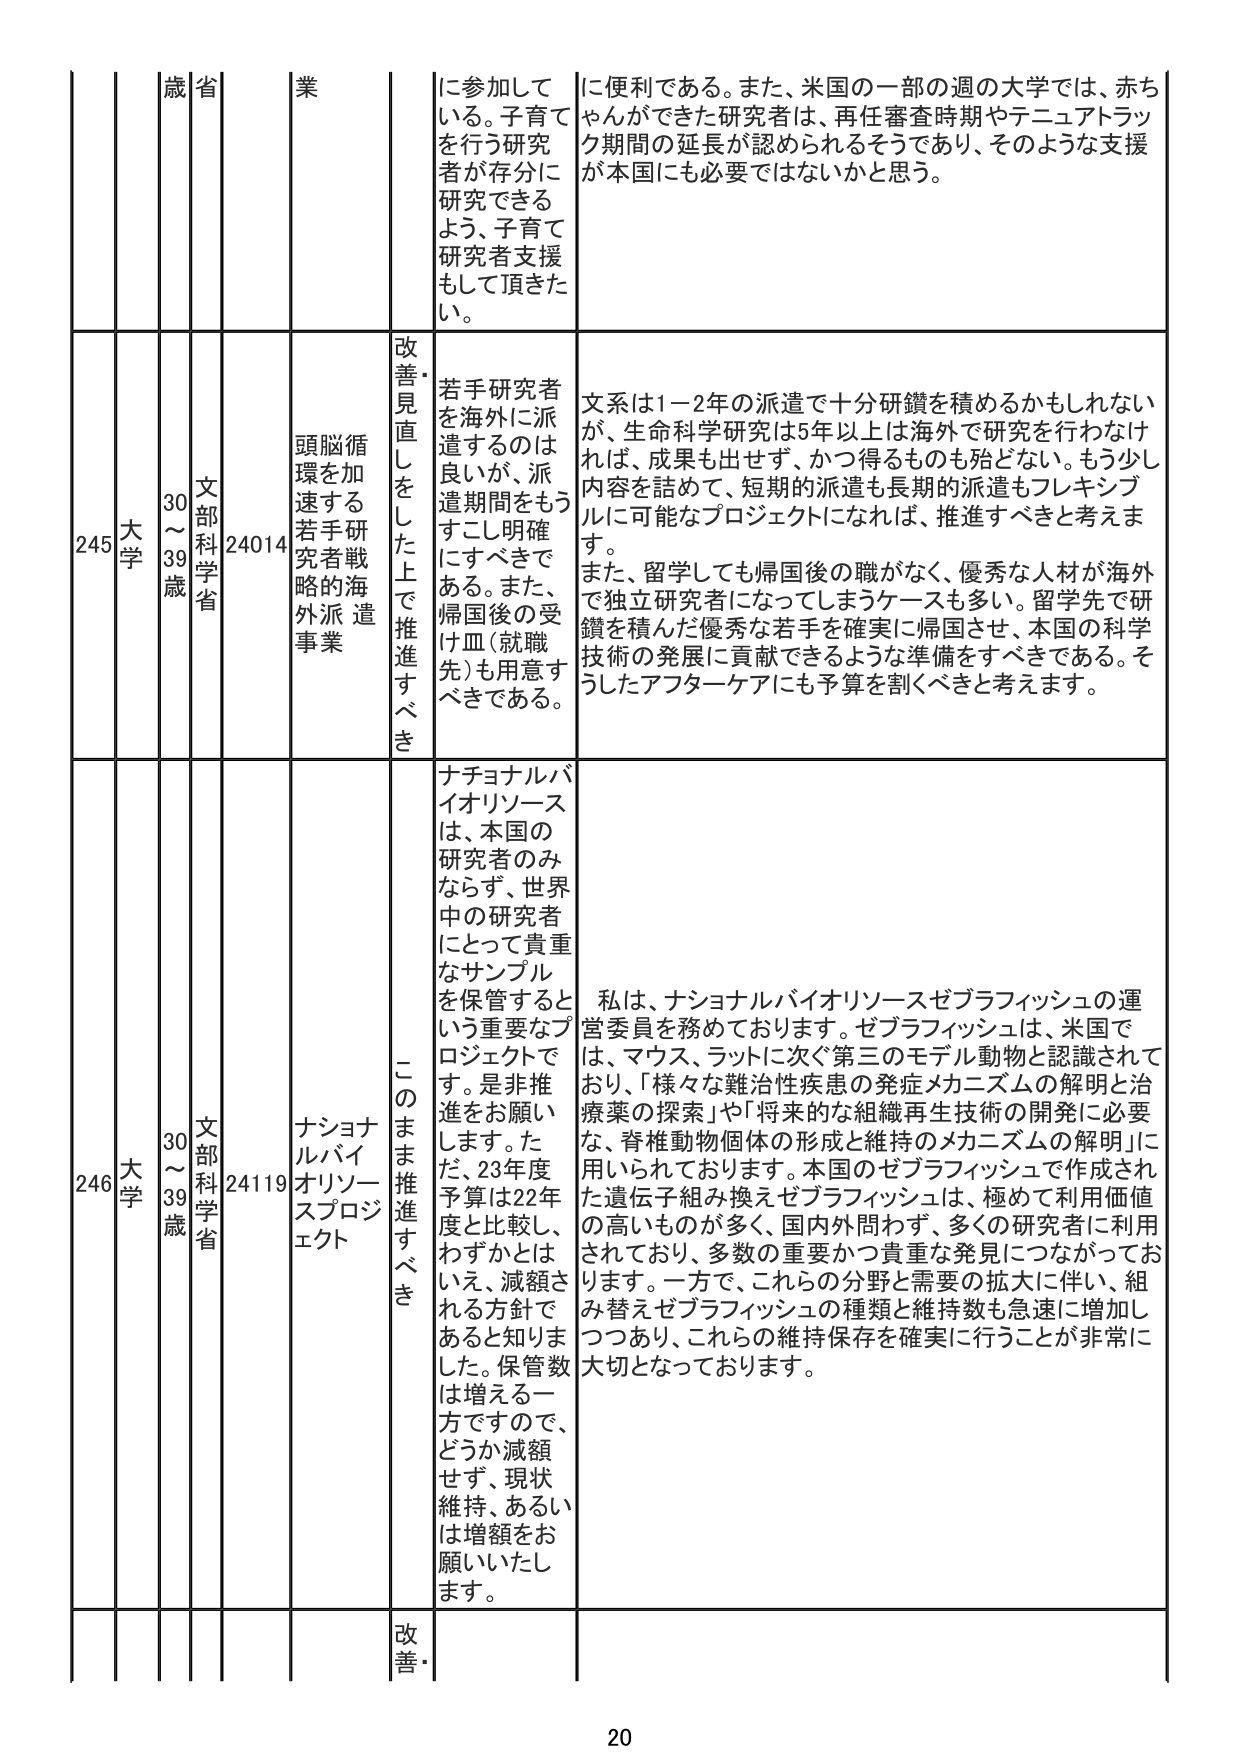
245 大学 30～39歳 文部科学省 24014 頭脳循環を加速する若手研究者戦略的海外派遣事業 改善・見直しをした上で推進すべき 若手研究者を海外に派遣するのは良いが、派遣期間をもうすこし明確にするべきである。また、帰国後の受け皿（就職先）も用意すべきである。 文系は1-2年の派遣で十分研鑽を積めるかもしれないが、生命科学研究は5年以上は海外で研究を行わなければ、成果も出せず、かつ得るものも殆どない。もう少し内容を詰めて、短期的派遣も長期的派遣もフレキシブルに可能なプロジェクトになれば、推進すべきと考えます。 また、留学しても帰国後の職がなく、優秀な人材が海外で独立研究者になってしまうケースも多い。留学先で研鑽を積んだ優秀な若手を確実に帰国させ、本国の科学技術の発展に貢献できるような準備をすべきである。そうしたアフターケアにも予算を割くべきと考えます。 246 大学 30～39歳 文部科学省 24119 ナショナルバイオリソースプロジェクト このまま推進すべき ナショナルバイオリソースは、本国の研究者のみならず、世界中の研究者にとって貴重なサンプルを保管するという重要なプロジェクトです。是非推進をお願いします。ただ、23年度予算は22年度と比較し、わずかとはいえ、減額される方針であると知りました。保管数は増える一方ですので、どうか減額せず、現状維持、あるいは増額をお願いいたします。 私は、ナショナルバイオリソースゼブラフィッシュの運営委員を務めております。ゼブラフィッシュは、米国では、マウス、ラットに次ぐ第三のモデル動物と認識されており、「様々な難治性疾患の発症メカニズムの解明と治療薬の探索」や「将来的な組織再生技術の開発に必要な、脊椎動物個体の形成と維持のメカニズムの解明」に用いられております。本国のゼブラフィッシュで作成された遺伝子組み換えゼブラフィッシュは、極めて利用価値の高いものが多く、国内外問わず、多くの研究者に利用されており、多数の重要かつ貴重な発見につながっております。一方で、これらの分野と需要の拡大に伴い、組み替えゼブラフィッシュの種類と維持数も急速に増加しつつあり、これらの維持保存を確実に行うことが非常に大切となっております。 20